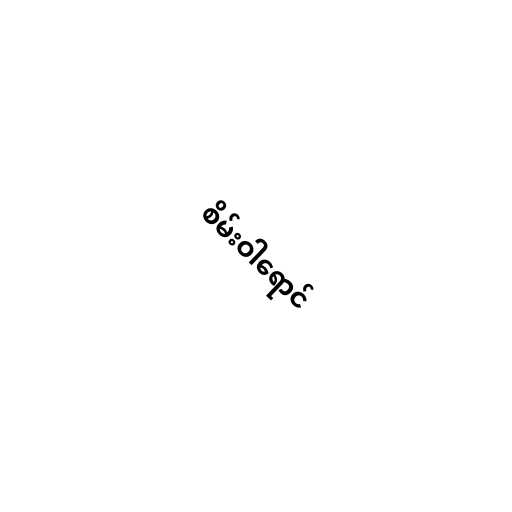
စိမ်းဝါရောင်